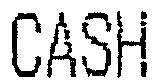
CASH